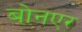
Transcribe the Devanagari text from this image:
बोनएर